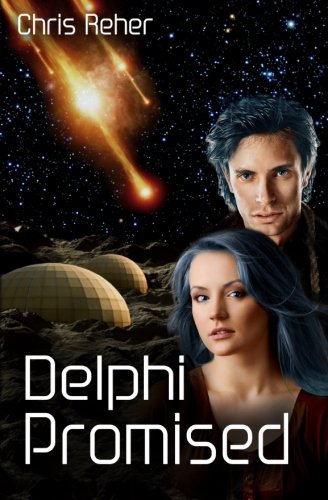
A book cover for Delphi Promised (Targon Tales) (Volume 4); Chris Reher; Science Fiction & Fantasy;